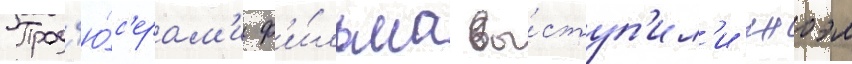
Прод'ю́с'ерам'и ф'и́льма вы́ступ'ил'и джоэл